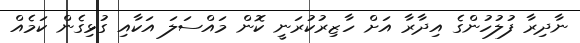
ނާދިރާ ފުލުހުންގެ އިދާރާ އަށް ހާޒިރުކުރަނީ ކޮން މައްސަލަ އަކާއި ގުޅިގެން ކަމެއް